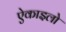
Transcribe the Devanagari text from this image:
ऐकाइलो